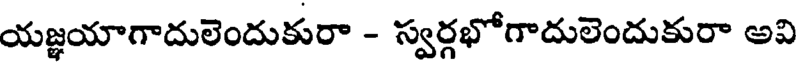
యజ్ఞయాగాదులెందుకురా - స్వర్గభోగాదులెందుకురా అవి